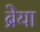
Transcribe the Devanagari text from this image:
ब्रेया